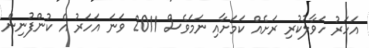
އަހަރު ހަވާލުކުރި ރަށެއް ކަމަށާއި ނަމަވެސް 2011 ވަނަ އަހަރު އެ ކުންފުނިން